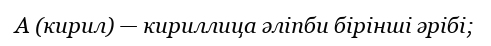
А (кирил) — кириллица әліпби бірінші әрібі;